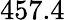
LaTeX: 457.4